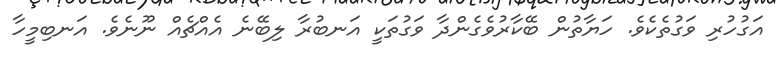
އަގުހުރި ވަގުތެކެވެ. ހަޔާތުން ބޭކާރުވެގެންދާ ވަގުތަކީ އަނބުރާ ލިބޭނެ އެއްޗެއް ނޫނެވެ. އަނބިމީހާ